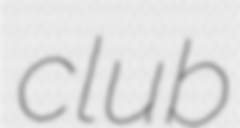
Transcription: club